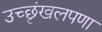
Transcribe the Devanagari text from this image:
उच्छृंखलपणा